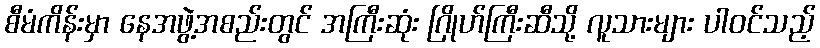
စီမံကိန်းမှာ နေအဖွဲ့အစည်းတွင် အကြီးဆုံး ဂြိုဟ်ကြီးဆီသို့ လူသားများ ပါဝင်သည့်